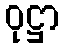
ဝုဋ္ဌာ